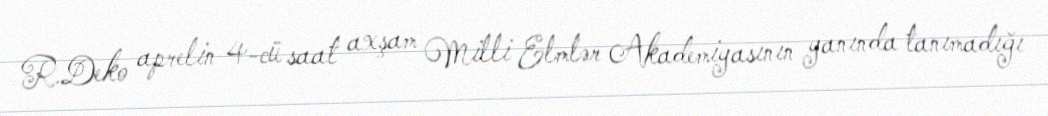
R.Deko aprelin 4-cü saat axşam Milli Elmlər Akademiyasının yanında tanımadığı